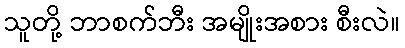
သူတို့ ဘာစက်ဘီး အမျိုးအစား စီးလဲ။